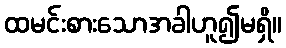
ထမင်းစားသောအခါဟူ၍မရှိ။